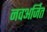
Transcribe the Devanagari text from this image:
नवअर्जित